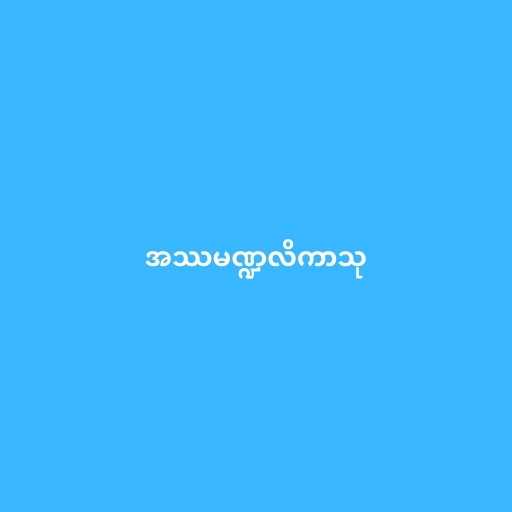
အဿမဏ္ဍလိကာသု